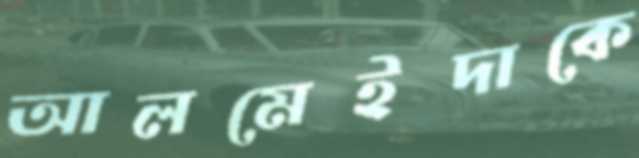
আলমেইদাকে